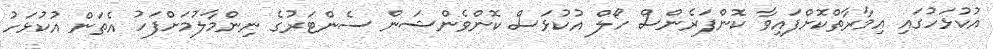
އުކުޅަހުގައި އިމާރާތްކޮށްފައިވާ ކޮންފަރެންސް ހޯލް އުކުޅަސް ކޮންވެންޝަން ސެންޓަރުގެ ނިންމާލުމަށްފަހު އެތަން އުކުޅަހު